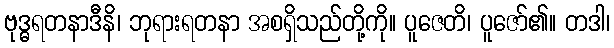
ဗုဒ္ဓရတနာဒီနိ၊ ဘုရားရတနာ အစရှိသည်တို့ကို။ ပူဇေတိ၊ ပူဇော်၏။ တဒါ၊